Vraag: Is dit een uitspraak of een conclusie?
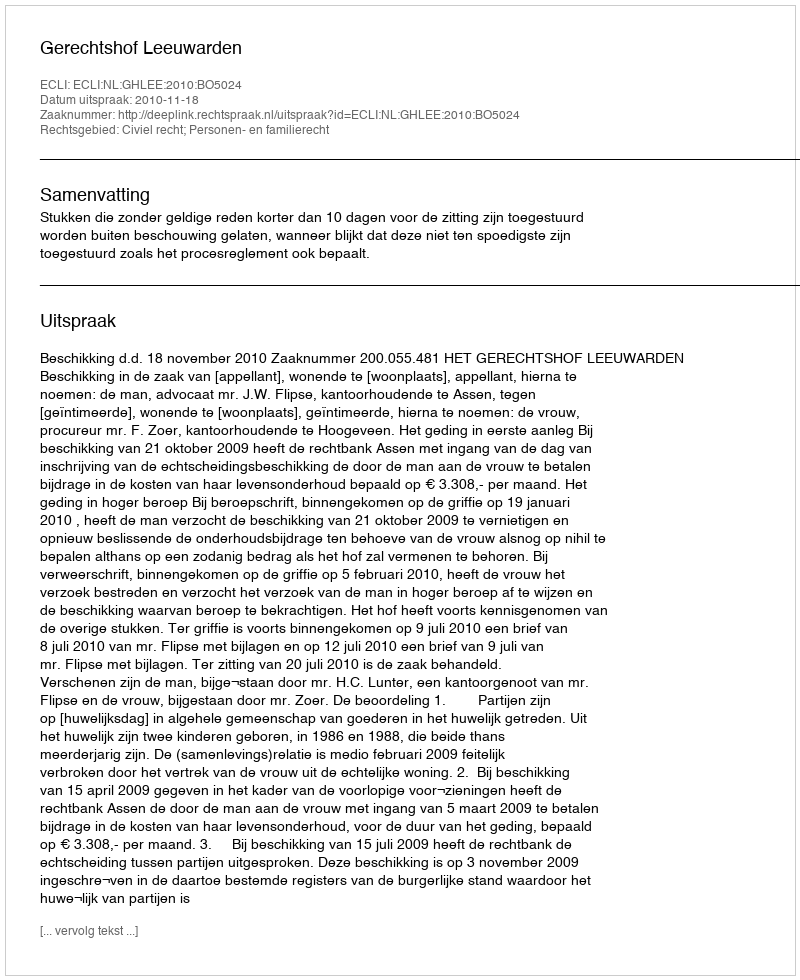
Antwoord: Uitspraak